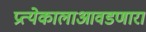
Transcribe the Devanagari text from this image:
प्रत्येकालाआवडणारा